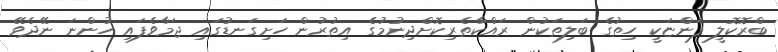
ބްރޮކޮލީ ފަންޏަކީ ހިތުގެ ބަލިތަކުން ރައްކާތެރިކޮށްދިނުމުގެ އިތުރުން ހަށިގަނޑުގައި ޖަމާވެފައި ހުންނަ ނޭދެވޭ